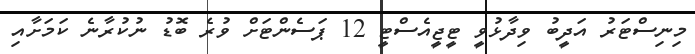
މިނިސްޓަރު އަދީބު ވިދާޅުވީ ޓީޖީއެސްޓީ 12 ޕަސެންޓަށް ވުރެ ބޮޑު ނުކުރާނެ ކަމަށާއި